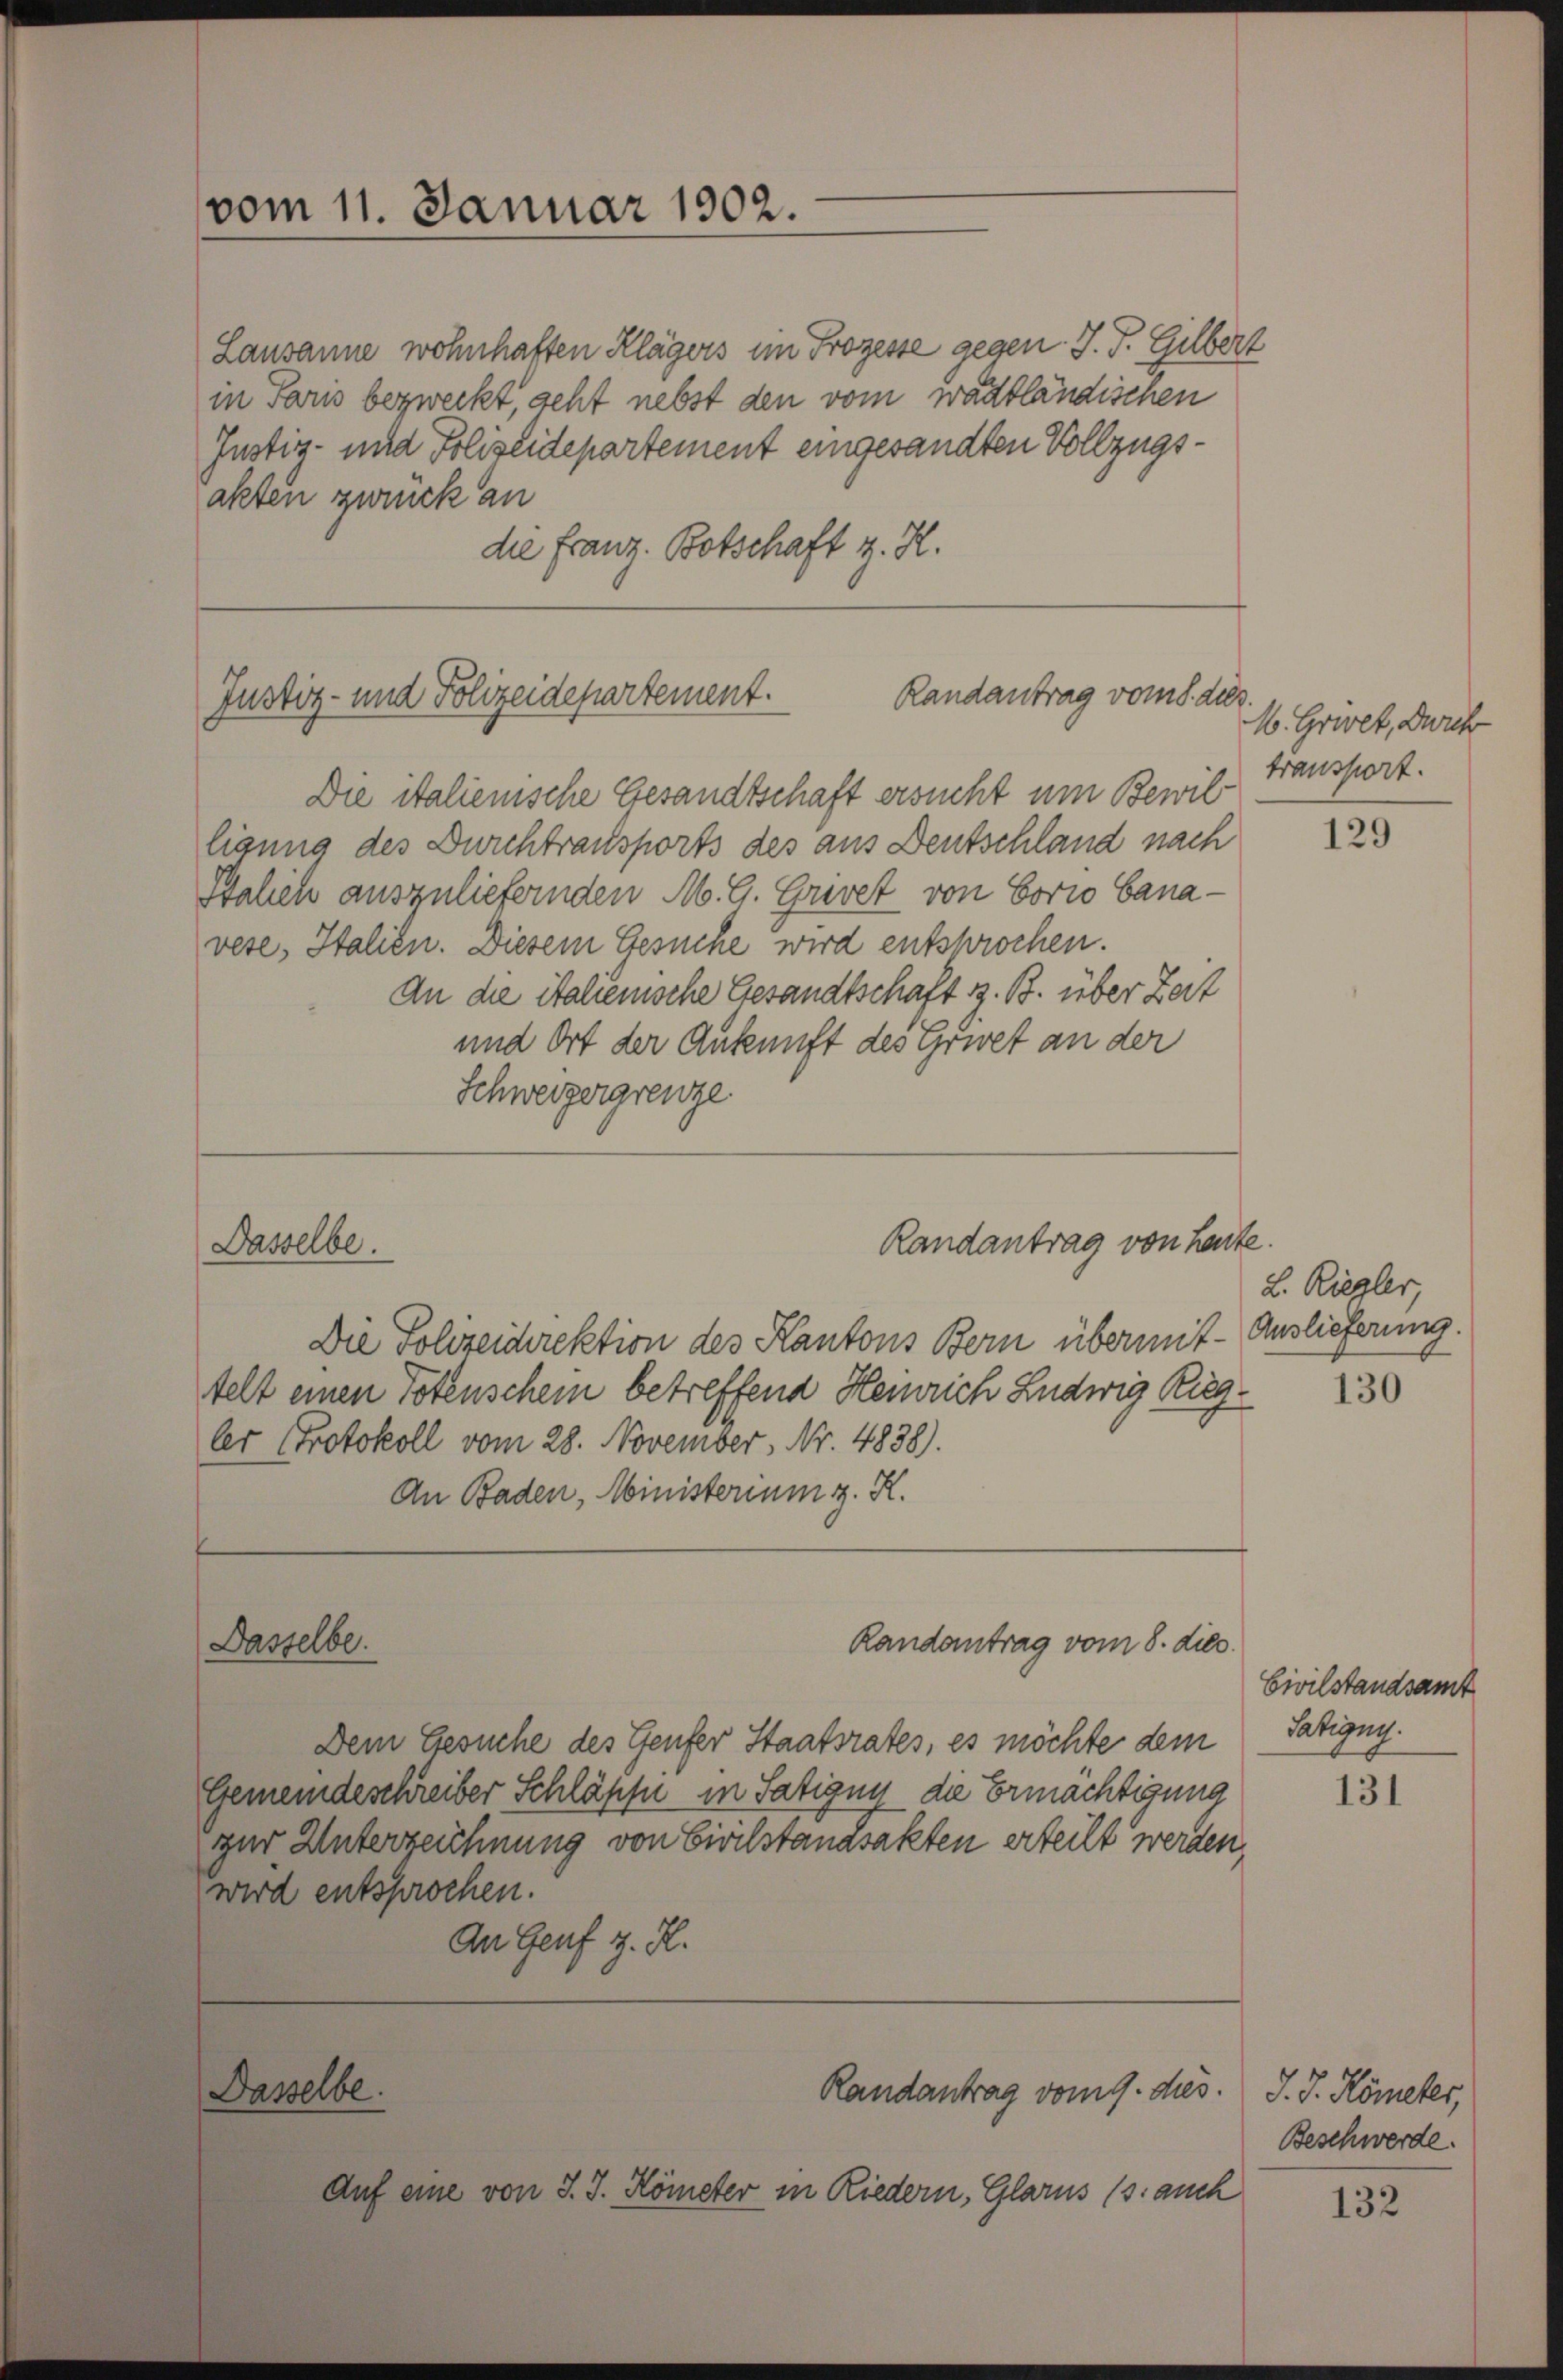
vom 11. Januar 1902.

Lausanne wohnhaften Klägers im Prozesse gegen J. J. Gilbert
in Paris bezweckt, geht nebst den vom wädtländischen
Justiz- und Polizeidepartement eingesandten Vollzugsakten zweck an
die Franz. Botschaft z. R.

Randantrag vom 8. dies
Justiz- und Polizeidepartement.

Die italienische Gesandtschaft ersucht um Bewil
ligung des Durchtransports des aus Deutschland nach
Italich auszuliefernden M. G. Grevet von Eorio Cana-
vese, Italien. Diesem Gesuche wird entsprochen.
An die italienische Gesandtschaft z. B. über Zeit
und Ort der Ankunft des Gewet an der
Schweizergrenze

Dasselbe.

Die Polizeidirektion des Kantons Bern übermit Auslieferung.
telt einen Totenschein betreffend Heinrich Ludwig Rugler Protokoll vom 28. November, Nr. 4838).
An Baden, Ministerium z. K.
Dasselbe.
Randantrag vom 8. dies
Dem Gesuche des Genfer Staatsrates, es möchte dem
Gemeindeschreiber Schläpfe in Satigny die Ermächtigung
zur Unterzeichnung von Civilstandsakten erteilt werden,
wird entsprochen.
An Genf z. H.

Randantrag von heute.

Dasselbe.
Randantrag vom 9. dies

Auf eine von J. J. Kömeter in Riedern, Glarus (s. auch

M. Griet, Durch
transport.

129

L. Riegler,

130

Civilstandsamt
Tatignis.

131

J. J. Kometer,
Beschwerde.

132